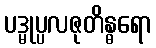
ပဒ္မုပ္ပလဇုတိန္ဓရော